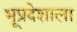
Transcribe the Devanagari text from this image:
भूप्रदेशाला